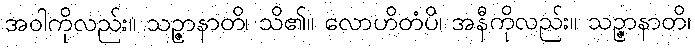
အဝါကိုလည်း။ သဉ္ဇာနာတိ၊ သိ၏။ လောဟိတံပိ၊ အနီကိုလည်း။ သဉ္ဇာနာတိ၊